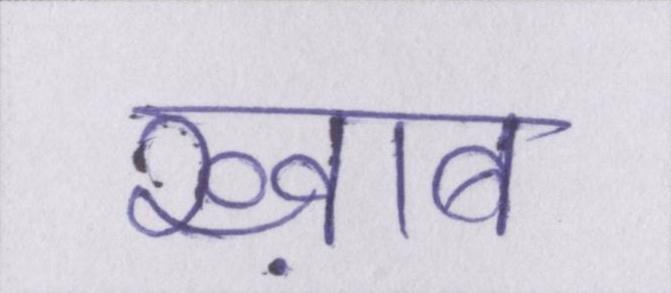
ख्व़ाब